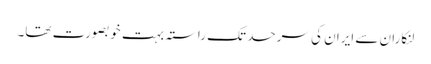
لنکاران سے ایران کی سرحد تک راستہ بہت خوبصورت تھا۔